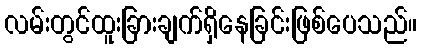
လမ်းတွင်ထူးခြားချက်ရှိနေခြင်းဖြစ်ပေသည်။